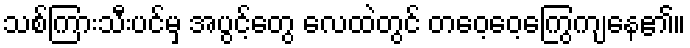
သစ်ကြားသီးပင်မှ အပွင့်တွေ လေထဲတွင် တဝေ့ဝေ့ကြွေကျနေ၏။